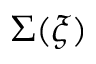
\Sigma ( \xi )